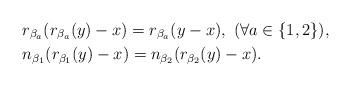
LaTeX: \begin{align*}&r_{\beta_a}(r_{\beta_a}(y)-x)=r_{\beta_a}(y-x),\ (\forall a\in\{1,2\}),\\&n_{\beta_1}(r_{\beta_1}(y)-x)=n_{\beta_2}(r_{\beta_2}(y)-x).\end{align*}